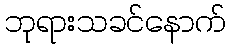
ဘုရားသခင်နောက်